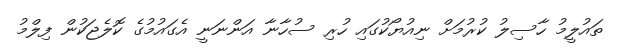
ތައުލީމު ހާސިލު ކުރުމަށް ނިއުޔޯކުގައި ހުރި ސުހާނާ އަންނަނީ އެގައުމުގެ ކޮލެޖަކުން ފިލްމު